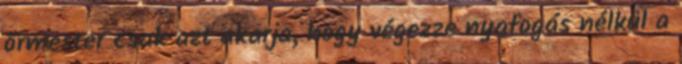
őrmester csak azt akarja, hogy végezze nyafogás nélkül a